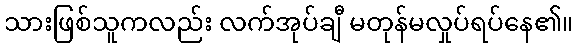
သားဖြစ်သူကလည်း လက်အုပ်ချီ မတုန်မလှုပ်ရပ်နေ၏။